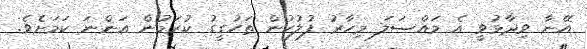
އޭނާ ވިދާޅުވީ އެ މައްސަލަ މިހާރު ފުލުހުން ތަހުގީގު ކުރަމުން އަންނަ ކަމަށެވެ.